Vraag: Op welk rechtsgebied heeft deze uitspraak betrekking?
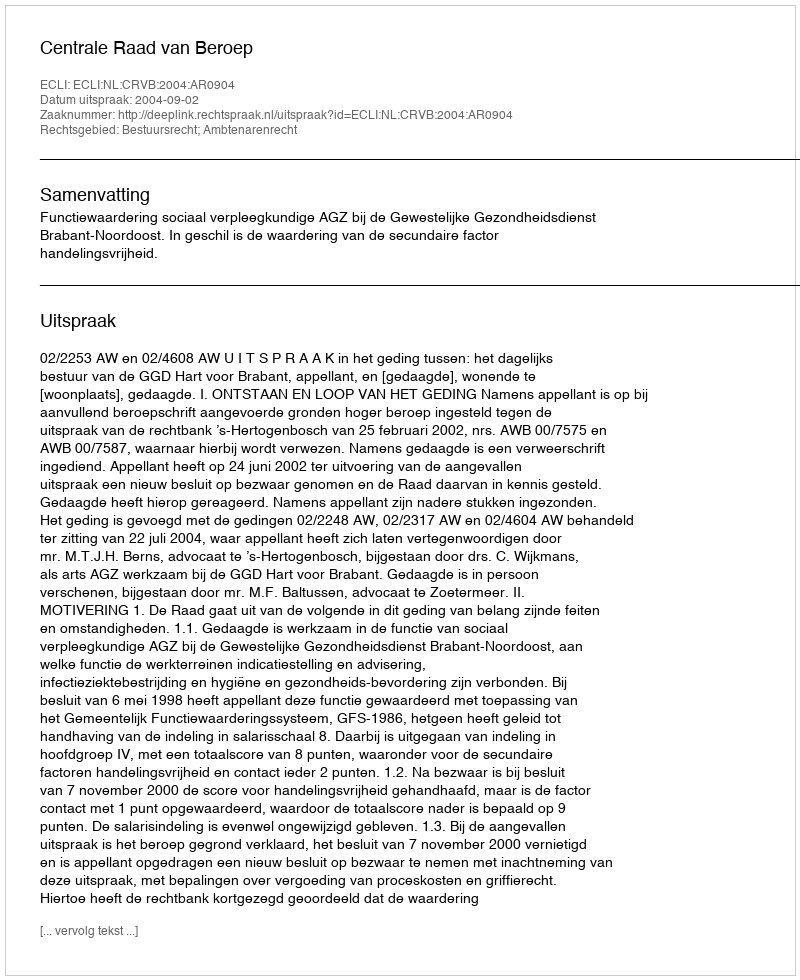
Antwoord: Bestuursrecht; Ambtenarenrecht